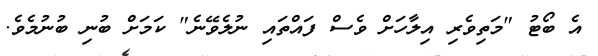
އެ ބޯޓު "މަތިވެރި އިލާހަށް ވެސް ފައްތައި ނުލެވޭނެ" ކަމަށް ބުނި ބުނުމެވެ.